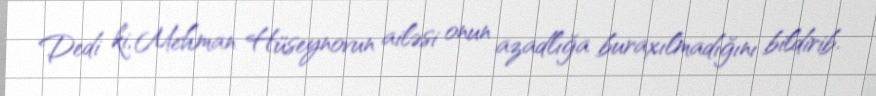
Dedi ki, Mehman Hüseynovun ailəsi onun azadlığa buraxılmadığını bildirib.